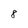
Character: 8